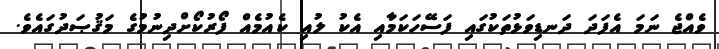
ވެއްޖެ ނަމަ އެފަދަ ދަނޑިވަޅުތަކުގައި ފަސޭހަކަމާއި އެކު ލުއި ކެއުމެއް ފޯރުކޯށްދިނުމުގެ މަޤުޞަދުގައެވެ.